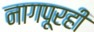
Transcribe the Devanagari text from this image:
नागपूरही